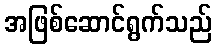
အဖြစ်ဆောင်ရွက်သည်